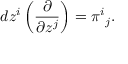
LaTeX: d z ^ { i } \left( \frac { \partial } { \partial z ^ { j } } \right) = \pi ^ { i } { } _ { j } .